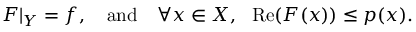
F | _ { Y } = f , \quad { \mathrm { a n d } } \quad \forall x \in X , \ \ \operatorname { R e } ( F ( x ) ) \leq p ( x ) .